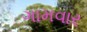
ગામવાર